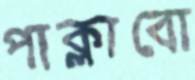
পাক্‌লাবো